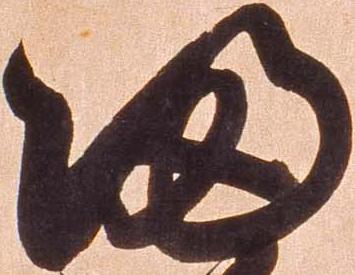
帰